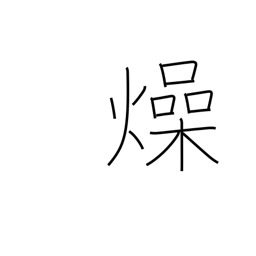
Meaning: parch